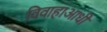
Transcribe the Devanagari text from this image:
विवाहाआधी